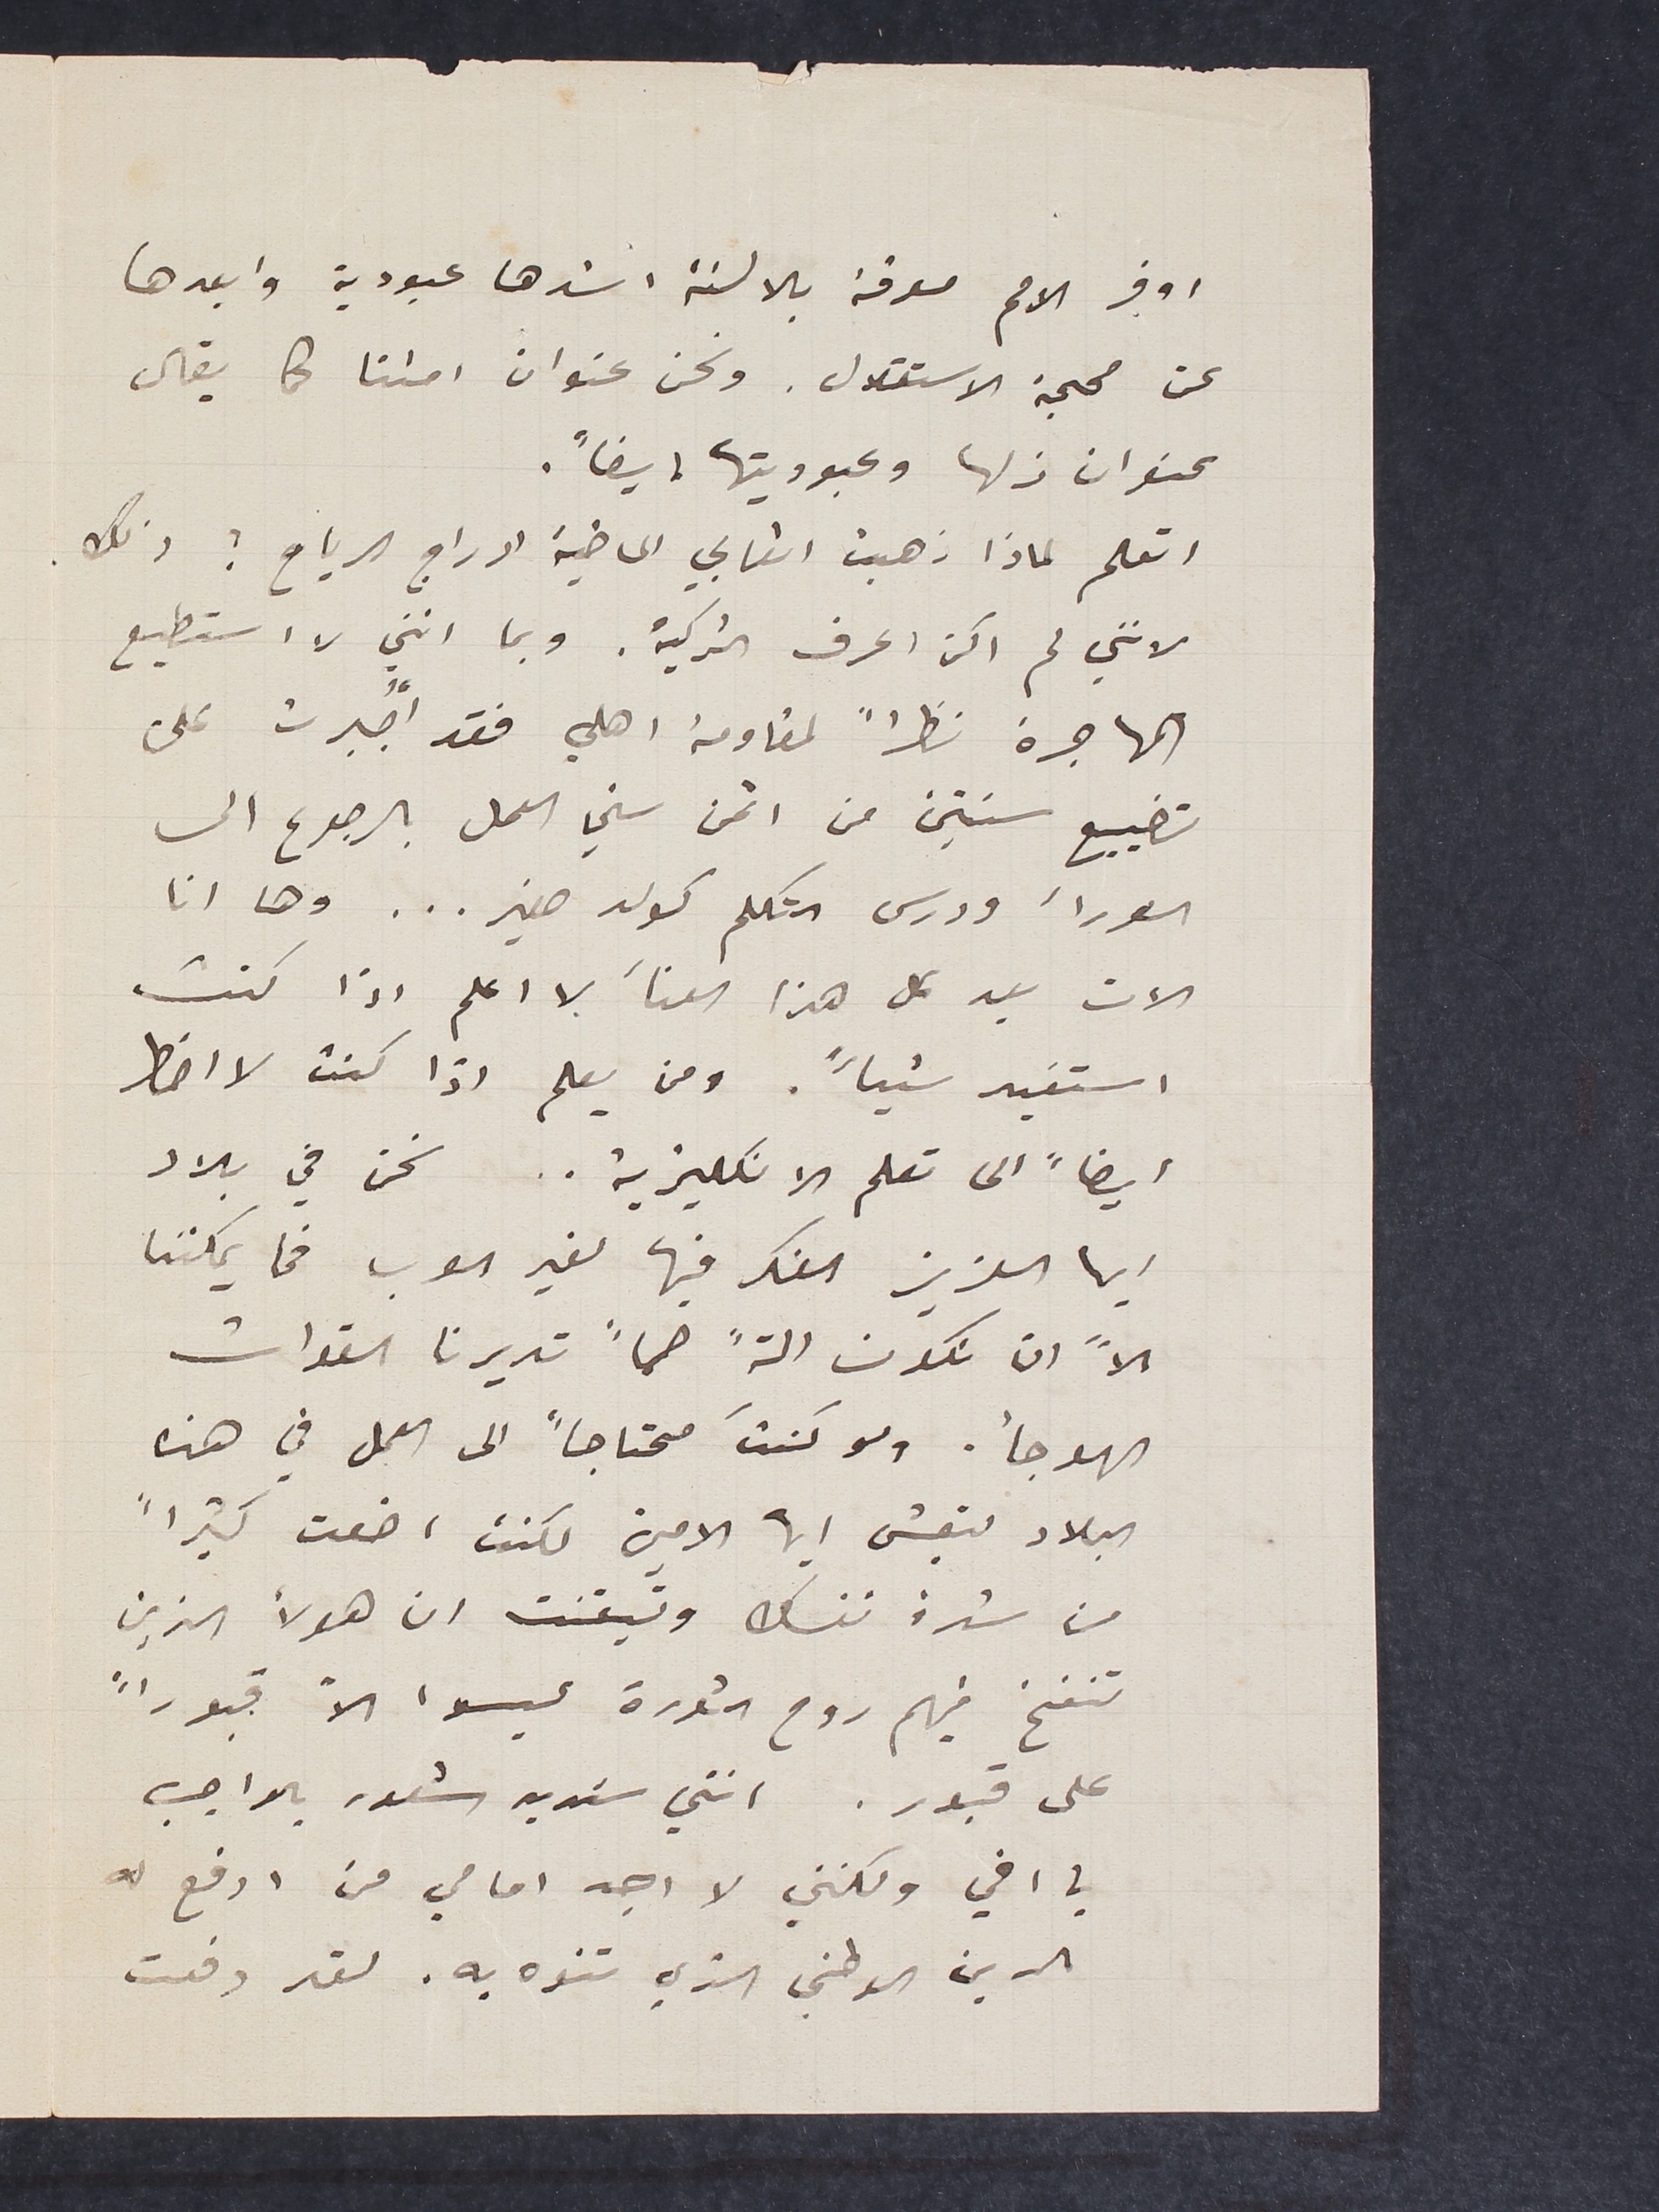
اوفر الامم معرفة بالالسنة اشدها عبودية وابعدها
عن محجة الاستقلال. ونحن عنوان امتنا كما يقال
عنوان زلها وعبوديتها ايضاً.
اتعلم لماذا ذهبت اتعابي الماضية ادراج الرياح؟ ذلك.
لانني لم اكن اعرف التركية. وبما انني لا استطيع
المهاجرة نظراً لمقاومة اهلي فقد أُجبرت على
تضييع سنتين من اثمن سني العمل بالرجوع الى
الورأ ودرس التكلم كولد صغير... وها انا
الان بعد كل هذا العنأ لا اعلم اذا كنت
استفيد شياً. ومن يعلم اذا كنت لا اضطر
ايضاً الى تعلم الانكليزية.. نحن في بلاد
ايها العزيز الفكر فيها لغير العرب فما يمكننا
الاً ان نكون الةً صماً تديرنا القوات
الهوجأ. ولو كنت محتاجاً الى العمل في هذه
البلاد لتعيش ايها الامين لكنت اضعت كثيراً
من شدة نفسك وتيقنت ان هولأ الذين
تنفخ فيهم روح الثورة ليسوا الاً قبوراً
على قبور. انني شديد شعور بالواجب
يا اخي ولكنني لا اجد امامي من ادفع له
الدين الوطني الذي تنوه به. لقد دفعت